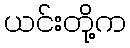
ယင်းတို့က